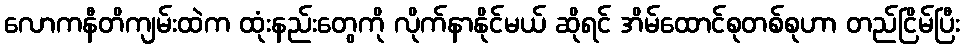
လောကနီတိကျမ်းထဲက ထုံးနည်းတွေကို လိုက်နာနိုင်မယ် ဆိုရင် အိမ်ထောင်စုတစ်စုဟာ တည်ငြိမ်ပြီး